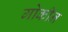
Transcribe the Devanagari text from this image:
गोकीन